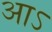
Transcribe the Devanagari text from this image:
आऽ